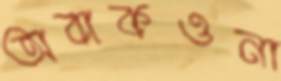
অবাকওনা